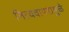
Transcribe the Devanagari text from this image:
नित्यवापरामुळे